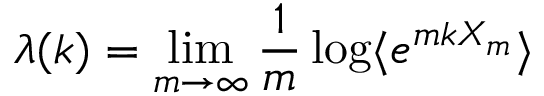
\lambda ( k ) = \operatorname* { l i m } _ { m \to \infty } \frac { 1 } { m } \log \langle e ^ { m k X _ { m } } \rangle